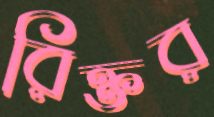
রিক্তর